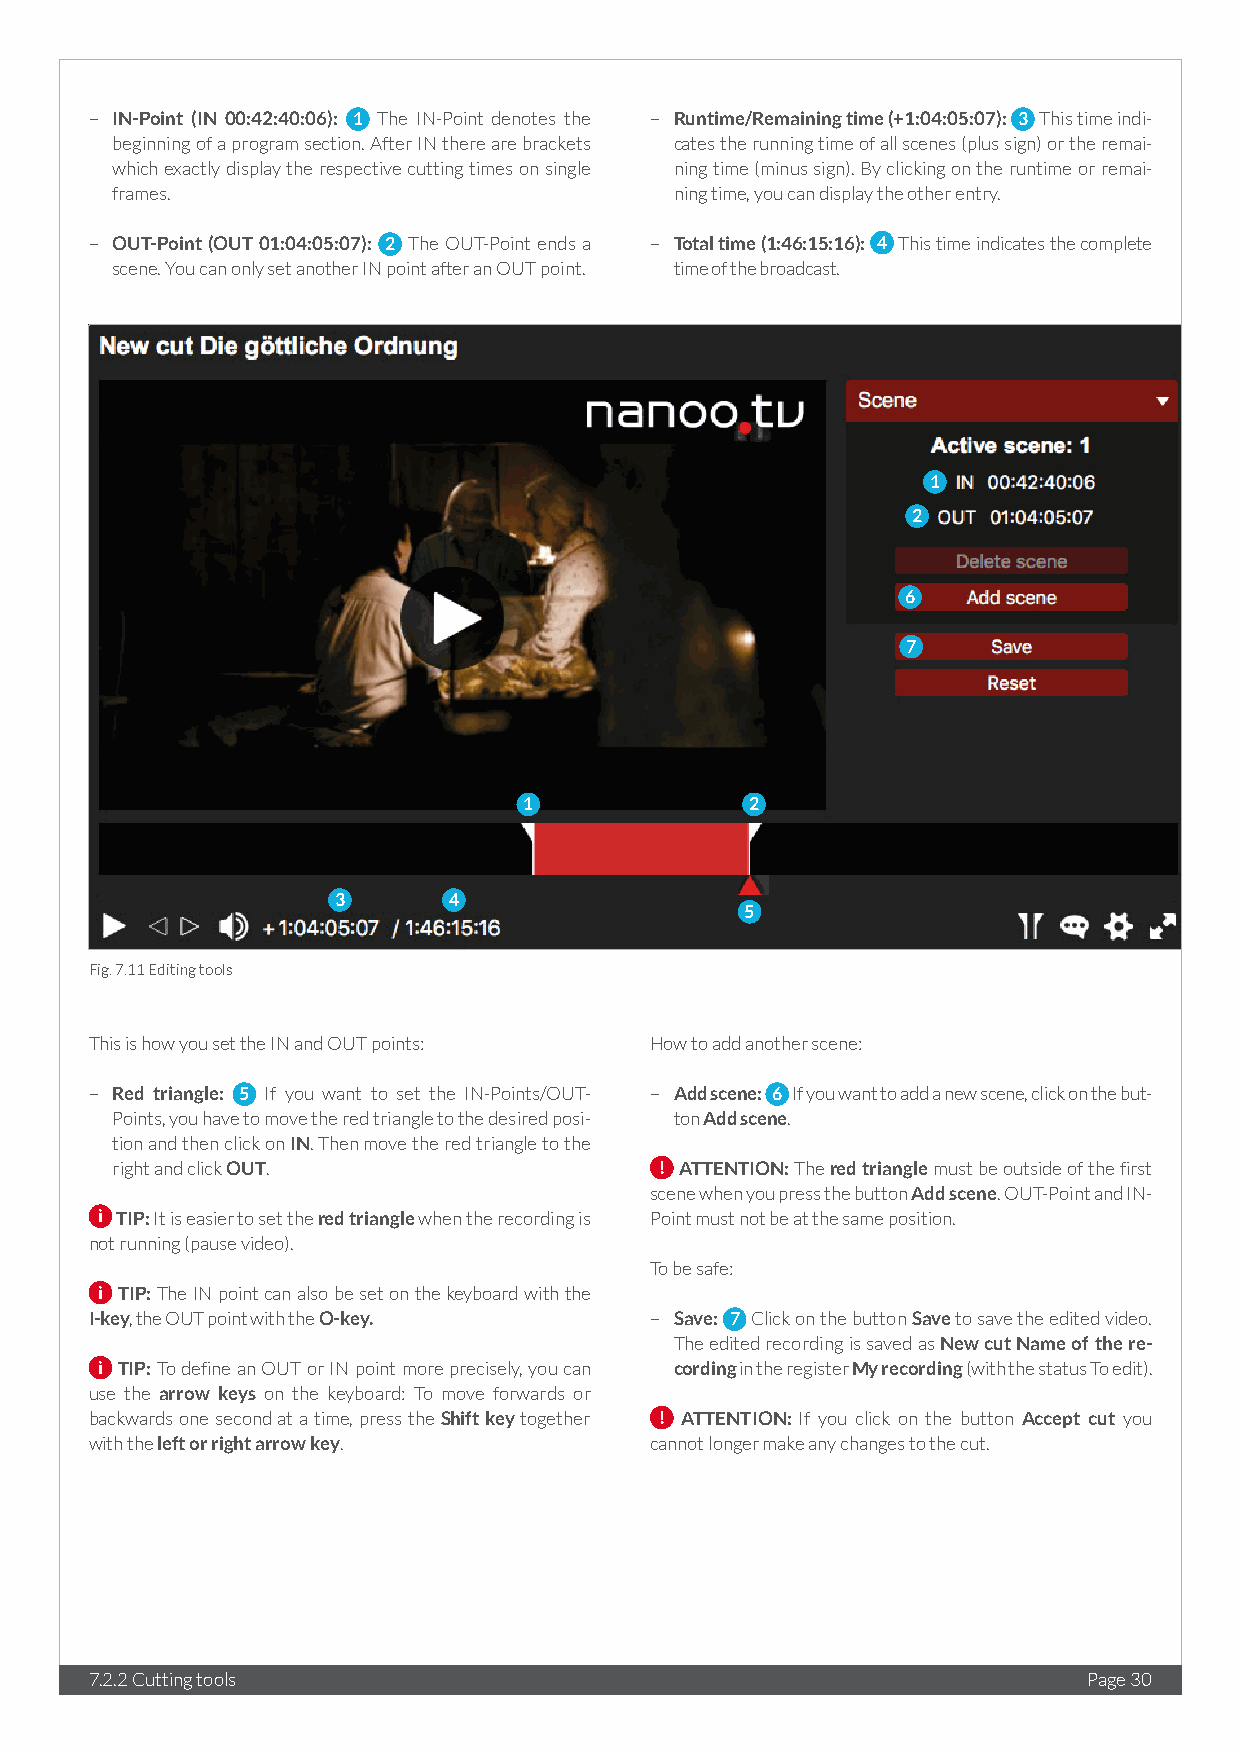
– IN-Point (IN 00:42:40:06): 1 The IN-Point denotes the – Runtime/Remaining time (+1:04:05:07): 3 This time indi-
 beginning of a program section. After IN there are brackets cates the running time of all scenes (plus sign) or the remai-
 which exactly display the respective cutting times on single ning time (minus sign). By clicking on the runtime or remai-
 frames.                               ning time, you can display the other entry.
 – OUT-Point (OUT 01:04:05:07): 2 The OUT-Point ends a – Total time (1:46:15:16): 4 This time indicates the complete
 scene. You can only set another IN point after an OUT point. time of the broadcast.
 1
 2
 6
 7
 1              2
 3       4
 5
 Fig. 7.11 Editing tools
 This is how you set the IN and OUT points: How to add another scene:
 – Red triangle: 5 If you want to set the IN-Points/OUT- – Add scene: 6 If you want to add a new scene, click on the but-
 Points, you have to move the red triangle to the desired posi- ton Add scene.
 tion and then click on IN. Then move the red triangle to the
 right and click OUT.                 ! ATTENTION: The red triangle must be outside of the first
 scene when you press the button Add scene. OUT-Point and IN-
 i TIP: It is easier to set the red triangle when the recording is Point must not be at the same position.
 not running (pause video).
 To be safe:
 i TIP: The IN point can also be set on the keyboard with the
 I-key, the OUT point with the O-key. – Save: 7 Click on the button Save to save the edited video.
 The edited recording is saved as New cut Name of the re-
 i TIP: To define an OUT or IN point more precisely, you can cording in the register My recording (with the status To edit).
 use the arrow keys on the keyboard: To move forwards or
 backwards one second at a time, press the Shift key together ! ATTENTION: If you click on the button Accept cut you
 with the left or right arrow key.    cannot longer make any changes to the cut.
 7.2.2 Cutting tools                                               Page 30